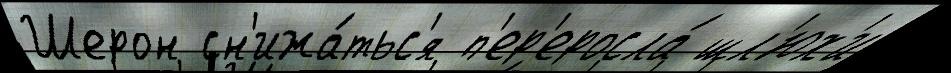
Шерон сн'ижа́тьс'я п'ер'еросла́ шл'юх'и